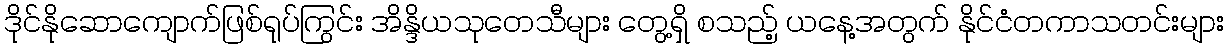
ဒိုင်နိုဆောကျောက်ဖြစ်ရုပ်ကြွင်း အိန္ဒိယသုတေသီများ တွေ့ရှိ စသည့် ယနေ့အတွက် နိုင်ငံတကာသတင်းများ